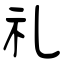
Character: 礼